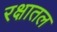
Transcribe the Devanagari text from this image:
रक्षातल